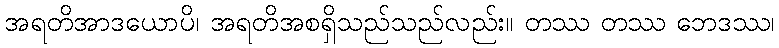
အရတိအာဒယောပိ၊ အရတိအစရှိသည်သည်လည်း။ တဿ တဿ ဘေဒဿ၊